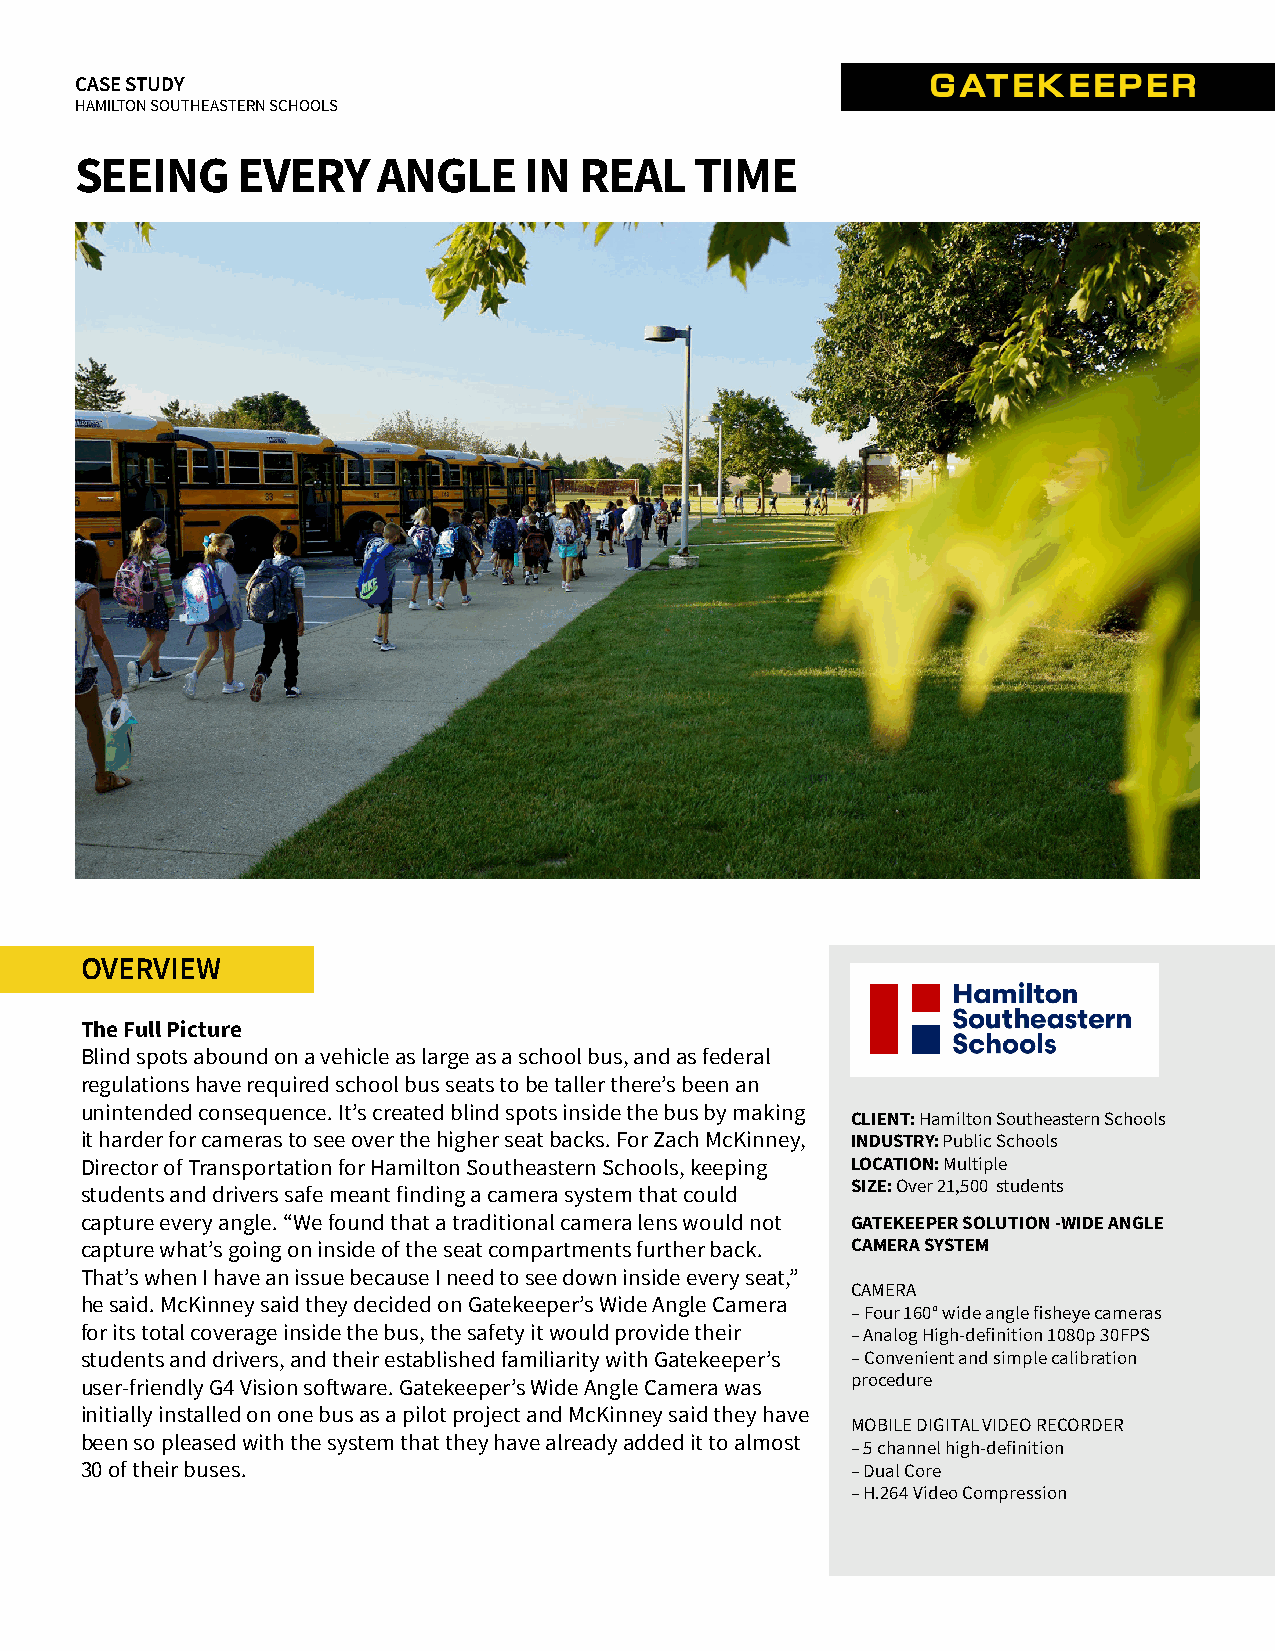
CASE STUDY
 HAMILTON SOUTHEASTERN SCHOOLS
 SEEING     EVERY    ANGLE     IN REAL    TIME
 OVERVIEW
 The Full Picture
 Blind spots abound on a vehicle as large as a school bus, and as federal
 regulations have required school bus seats to be taller there’s been an
 unintended consequence. It’s created blind spots inside the bus by making
 CLIENT: Hamilton Southeastern Schools
 it harder for cameras to see over the higher seat backs. For Zach McKinney, INDUSTRY: Public Schools
 Director of Transportation for Hamilton Southeastern Schools, keeping LOCATION: Multiple
 SIZE: Over 21,500 students
 students and drivers safe meant finding a camera system that could
 capture every angle. “We found that a traditional camera lens would not GATEKEEPER SOLUTION -WIDE ANGLE
 capture what’s going on inside of the seat compartments further back. CAMERA SYSTEM
 That’s when I have an issue because I need to see down inside every seat,”
 CAMERA
 he said. McKinney said they decided on Gatekeeper’s Wide Angle Camera
 – Four 160° wide angle fisheye cameras
 for its total coverage inside the bus, the safety it would provide their – Analog High-definition 1080p 30FPS
 students and drivers, and their established familiarity with Gatekeeper’s – Convenient and simple calibration
 user-friendly G4 Vision software. Gatekeeper’s Wide Angle Camera was procedure
 initially installed on one bus as a pilot project and McKinney said they have
 MOBILE DIGITAL VIDEO RECORDER
 been so pleased with the system that they have already added it to almost
 – 5 channel high-definition
 30 of their buses.                                 – Dual Core
 – H.264 Video Compression